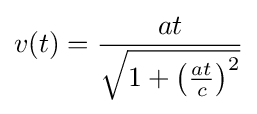
v(t)={\frac {at}{\sqrt {1+\left({\frac {at}{c}}\right)^{2}}}}